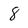
Character: 8